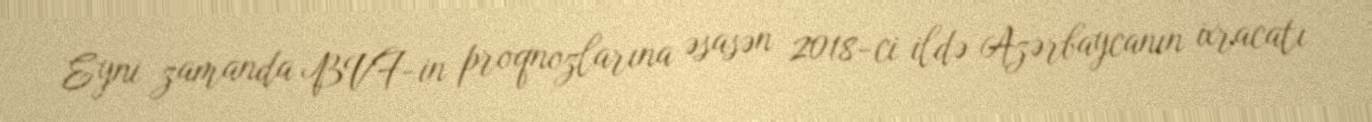
Eyni zamanda BVF-in proqnozlarına əsasən 2018-ci ildə Azərbaycanın ixracatı